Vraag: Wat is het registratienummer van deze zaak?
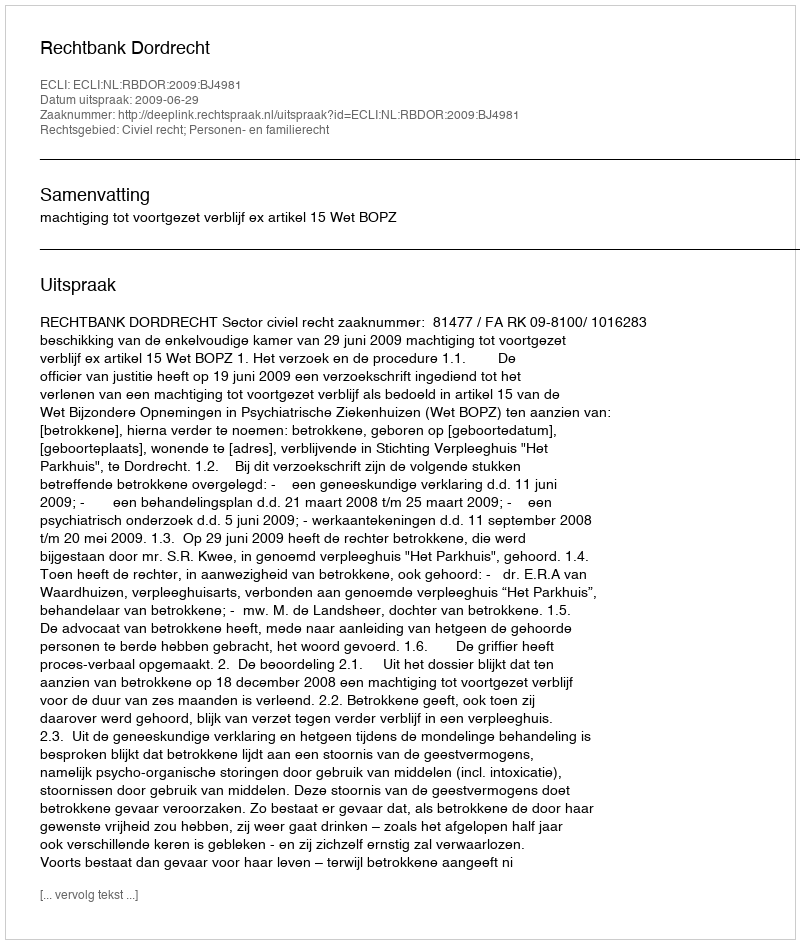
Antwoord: http://deeplink.rechtspraak.nl/uitspraak?id=ECLI:NL:RBDOR:2009:BJ4981